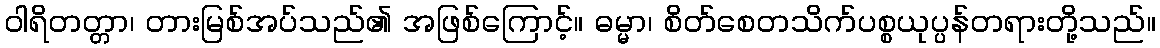
ဝါရိတတ္တာ၊ တားမြစ်အပ်သည်၏ အဖြစ်ကြောင့်။ ဓမ္မာ၊ စိတ်စေတသိက်ပစ္စယုပ္ပန်တရားတို့သည်။